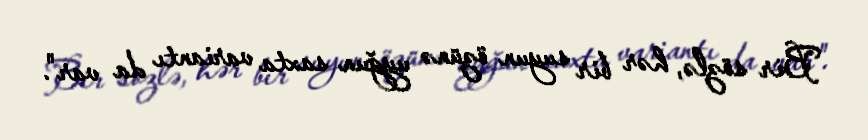
Bir sözlə, hər bir suyun özünə uyğun saxta variantı da var".